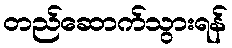
တည်ဆောက်သွားရန်